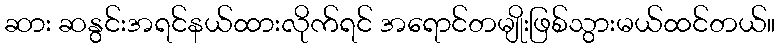
ဆား ဆနွင်းအရင်နယ်ထားလိုက်ရင် အရောင်တမျိုးဖြစ်သွားမယ်ထင်တယ်။